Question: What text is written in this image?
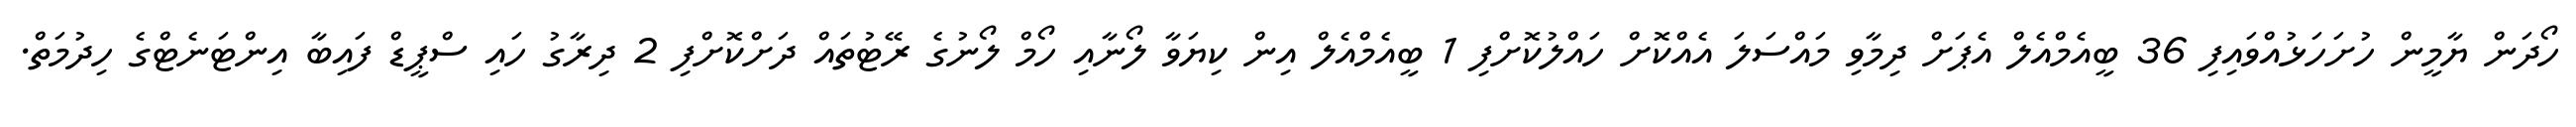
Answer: ހޯދަން ޔާމީން ހުށަހަޅުއްވައިފި 36 ބީއެމްއެލް އެޕަށް ދިމާވި މައްސަލަ އެއްކޮށް ހައްލުކޮށްފި 1 ބީއެމްއެލް އިން ކިޔަވާ ލޯނާއި ހޯމް ލޯނުގެ ރޭޓުތައް ދަށްކޮށްފި 2 ދިރާގު ހައި ސްޕީޑް ފައިބާ އިންޓަނެޓްގެ ހިދުމަތް.